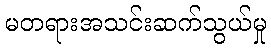
မတရားအသင်းဆက်သွယ်မှု